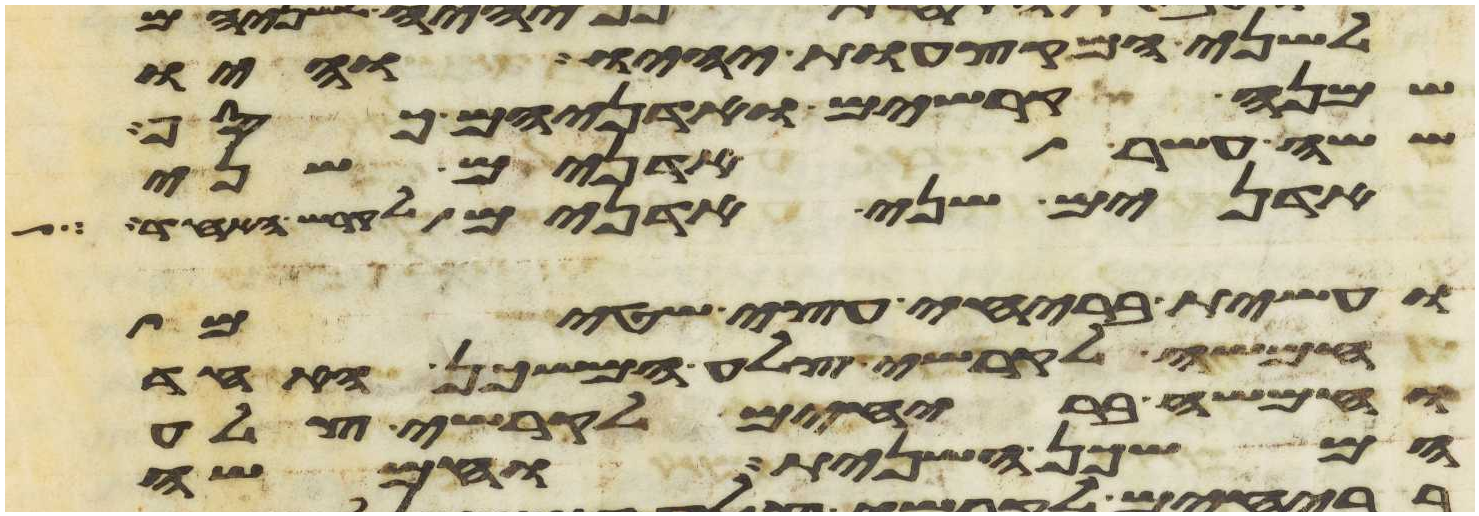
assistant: לשני המקצעות יהיו והיו
שמנה קרשים ואדניהם כסף
ששה עשר אדנים שני
אדנים שני אדנים לקרש האחד
ועשית בריחי עצי שטים
חמשה לקרשי צלע המשכן האחד
וחמשה בריחים לקרשי צלע
המשכן השנית וחמשה